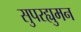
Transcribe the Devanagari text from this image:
सुपरह्युमन